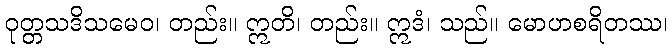
ဝုတ္တသဒိသမေဝ၊ တည်း။ ဣတိ၊ တည်း။ ဣဒံ၊ သည်။ မောဟစရိတဿ၊